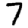
Digit: 7